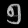
Digit: ၅